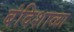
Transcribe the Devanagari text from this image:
बंदिशाळा